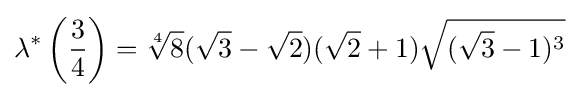
\lambda ^{*}\left({\frac {3}{4}}\right)={\sqrt[{4}]{8}}({\sqrt {3}}-{\sqrt {2}})({\sqrt {2}}+1){\sqrt {({\sqrt {3}}-1)^{3}}}